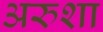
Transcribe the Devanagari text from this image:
अरुशा